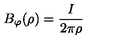
B _ { \varphi } ( \rho ) = \frac { I } { 2 \pi \rho }